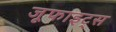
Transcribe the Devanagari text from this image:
जूफाइट्स